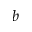
b